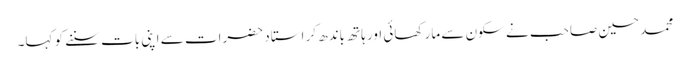
محمد حسین صاحب نے سکون سے مار کھائی اور ہاتھ باندھ کر استاد حضرات سے اپنی بات سننے کو کہا۔